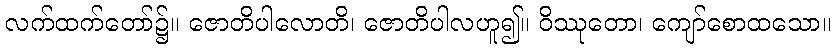
လက်ထက်တော်၌။ ဇောတိပါလောတိ၊ ဇောတိပါလဟူ၍။ ဝိဿုတော၊ ကျော်စောထသော။